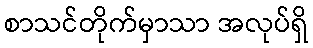
စာသင်တိုက်မှာသာ အလုပ်ရှိ